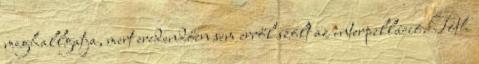
meghallgatja, mert eredendően sem erről szólt az interpelláció. Tóth